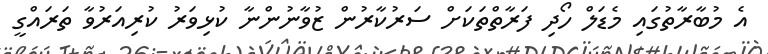
އެ މުބާރާތުގައި މެޑަލް ހޯދި ފަރާތްތަކަށް ސަރުކާރުން ޒުވާނުންނާ ކުޅިވަރު ކުރިއަރުވާ ތަރައްގީ